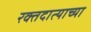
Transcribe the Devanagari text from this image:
रक्तदात्याच्या